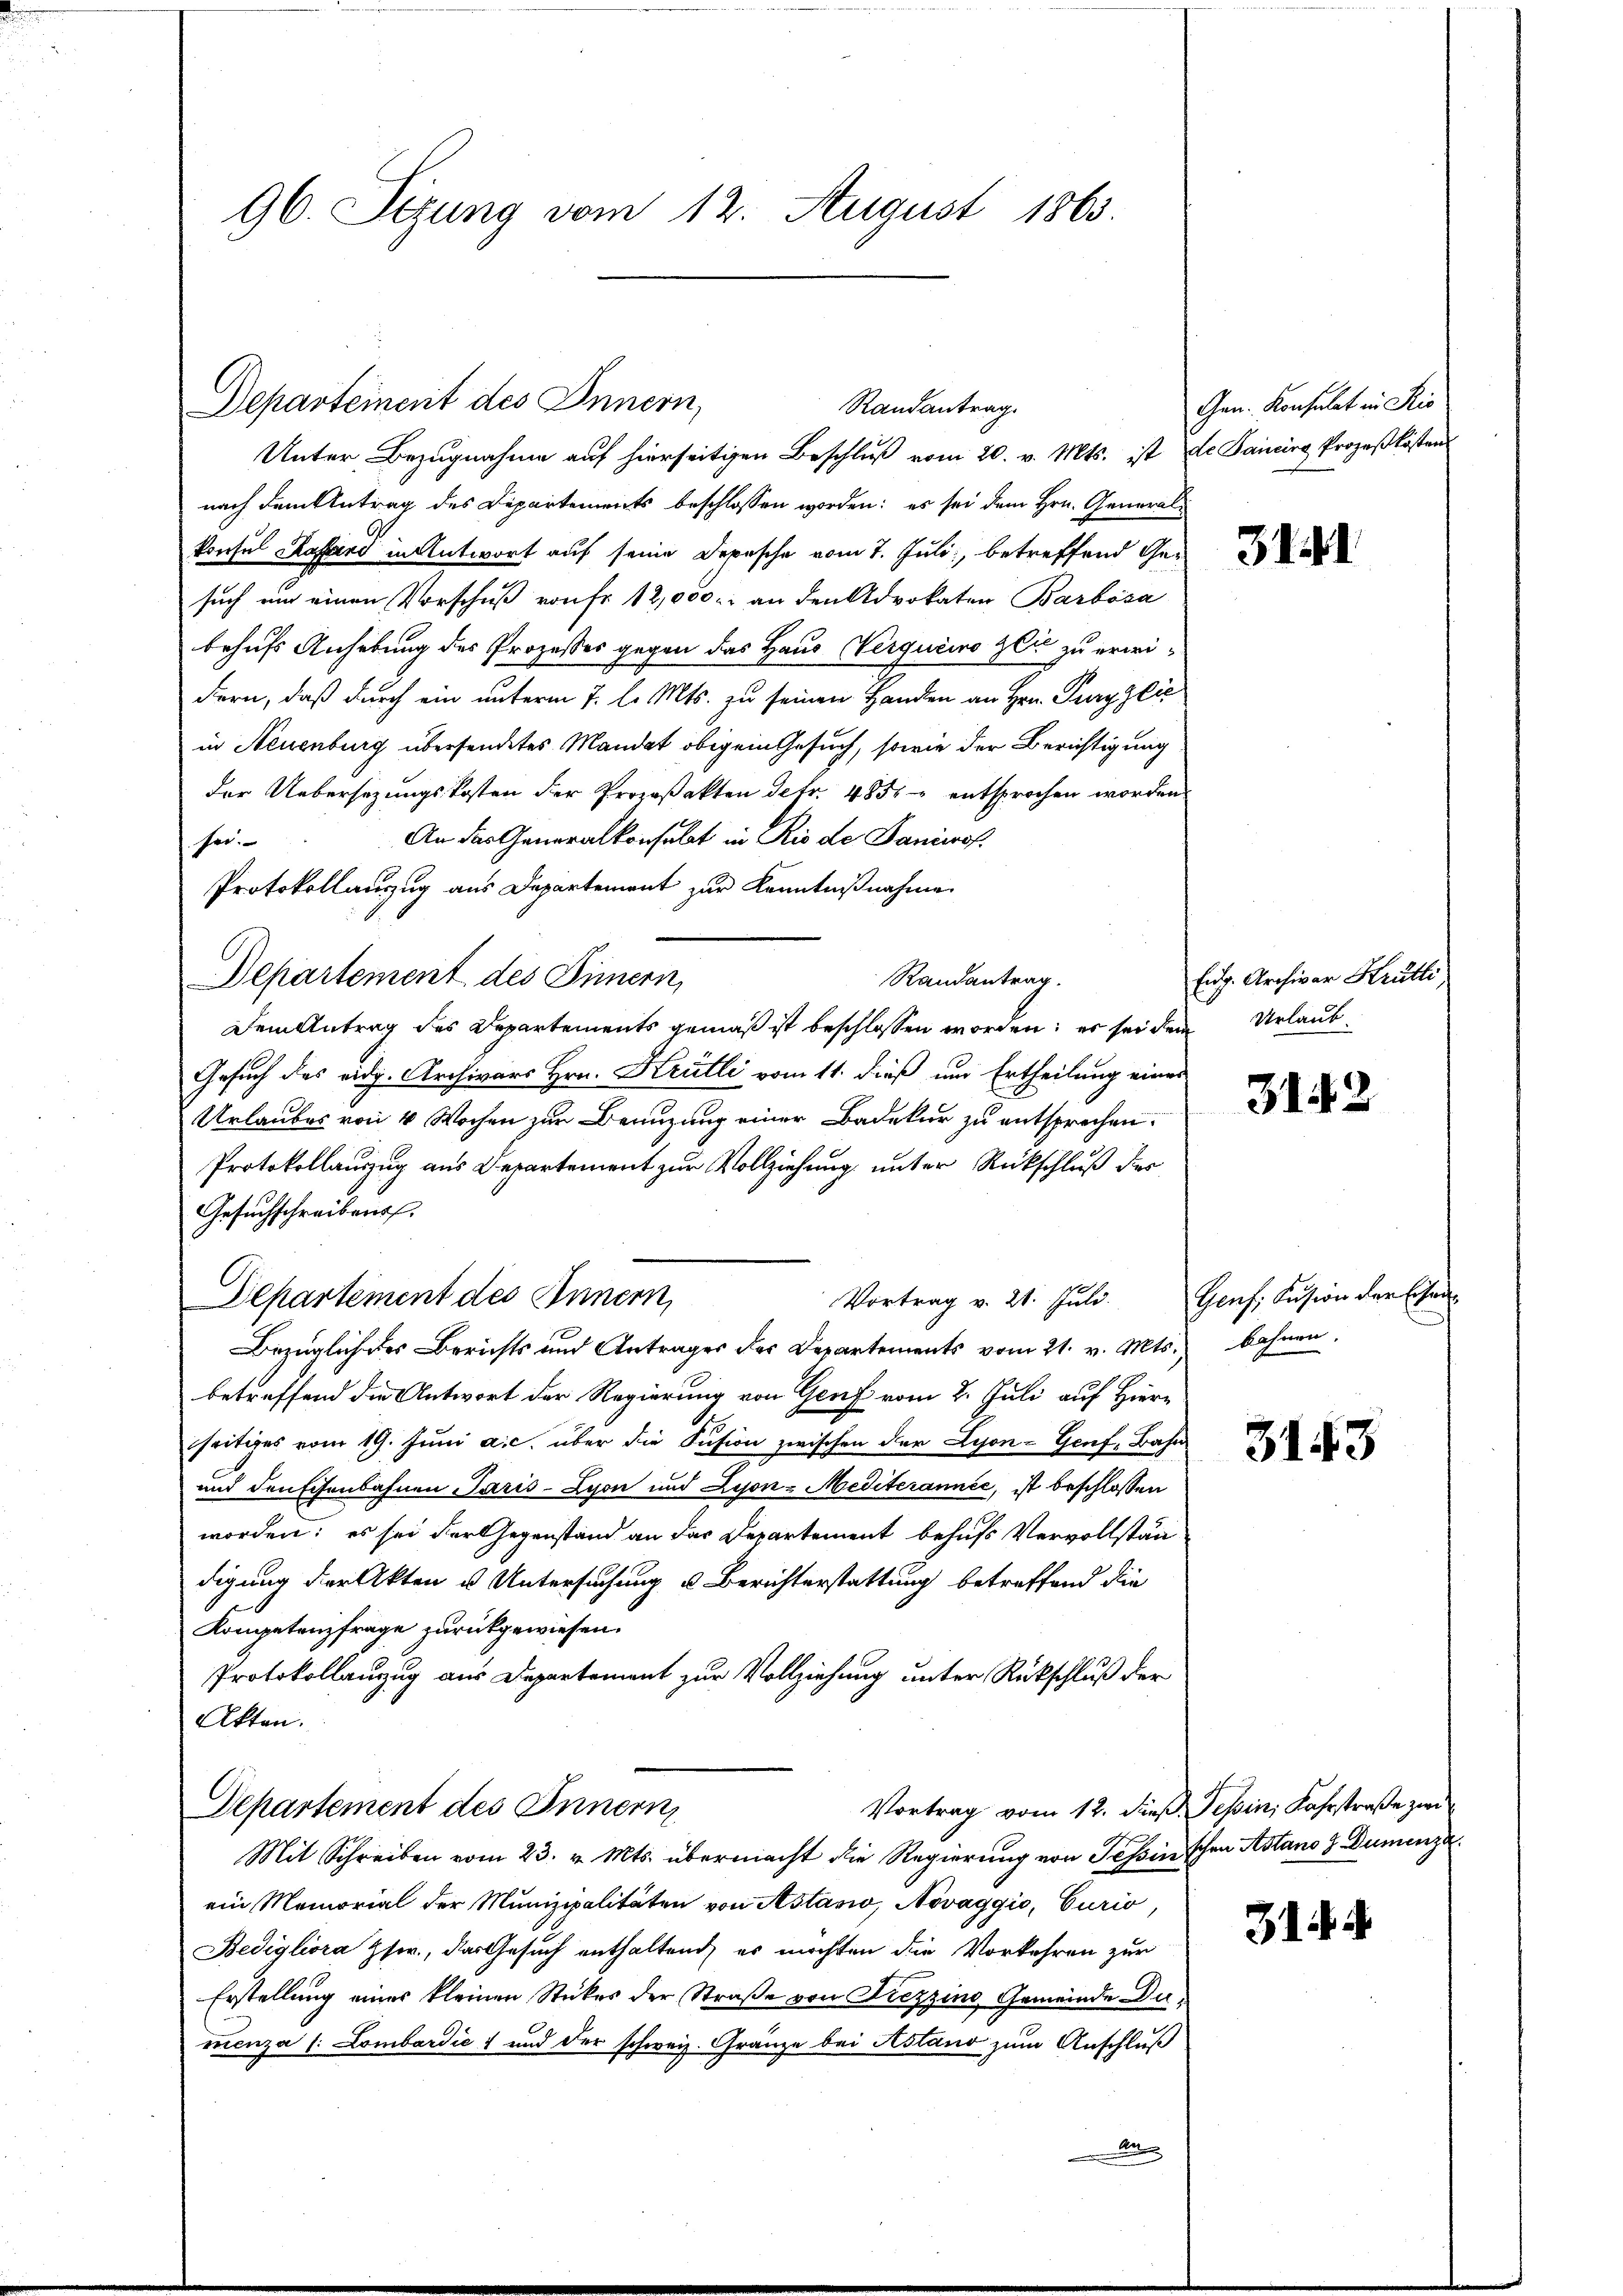
96. Sizung vom 12. August 1863.

Departement des Innern,
Randantrag.
Unter Bezugnahme auf hierseitigen Beschluß vom 20. v. Mts. ist de Sancirg Prozeßkosten

nach dem Antrag des Departements beschlossen worden: es sei dem Hrn. Generalkonsul Kassard in Antwort auf seine Depesche vom 7. Juli, betreffend Gesuch ein einen Vorschuß von Fr. 12,000. an den Advokaten Barbösa
behufs Anhebung des Prozesses gegen das Haus (Verqueiro Zeit zu erwidern, daß durch ein unterm 7. l. Mts. zu seinen Handen an Hrn. Pury zlić
in Neuenburg übersendetes Mandat obigem Gesuch, sowie der Berichtigung
der Uebersezungskosten der Prozeßakten Petr. 485 entsprochen worden
An das Generalkonsulat in Rio de Danierof
Protokollanzug aus Departement zur Kenntnißnahme
Dem Antrag des Departements gemäß ist beschlossen worden; er sei dem Urlaub¬
Gesuch des eidg. Archivars Hrn. Krülli vom 11. dieß um Ertheilung eines
Urlaubes von 4 Wochen zur Benuzung einer Badekur zu entsprechen.
Protokollauszug aus Departement zur Vollziehung unter Rückschluß der
Gesuchschreibens.
Vortrag v. 21. Juli. Genf, Fusion der Eisen
Bezüglich des Berichts und Antrages der Departements vom 21. v. Mts. bahnen.
betreffend die Antwort der Regierung von Genf vom 2. Juli auf Hierseitiges vom 19. Jŭni a.c. über die Fusion zwischen der Lyon- Genf, Bahn
und denschenbahnen Paris-Lyon und Lyon-Mediterannić, ist beschlossen
worden; es sei der Gegenstand an das Departement behufs Vervollständigung der Akten u. Untersuchung u Berichterstattung betreffend die
Kompetenzfrage zurückgewiesen.
Protokollauzug aus Departement zur Vollziehung unter Rückschluß der
Akten.
Vortrag vom 12. dieß, Tessin, Fahrstraße zur
Departement des Innern
Mit Schreiben vom 23. v. Mts. übermacht die Regierung von Tessin schen Astano 2 Dumenza
ein Memorial der Munizipalitäten von Astasio, Novaggio, Curio,
Bedigliora Zsw., das Gesuch enthaltend, es möchten die Vorkehren zur
Erstellung eines kleinen Stückes der Straße von Fiezzins Gemeinde Dumenza (: Lombardić und der schweiz. Gränze bei Astand zum Anschluß

sei.
Departement des Sinnern,

Departement des Innern,

Randantrag.

Gen. Konsulat in Ris

3141

Eidg. Archivar Krütli

3142

3143

31